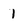
Character: 1